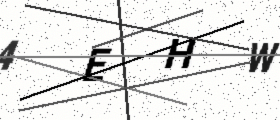
Text: 4EHW